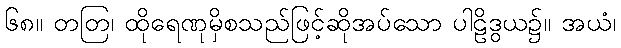
၆၈။ တတြ၊ ထိုရေဏုမှိစသည်ဖြင့်ဆိုအပ်သော ပါဠိဒွယ၌။ အယံ၊